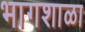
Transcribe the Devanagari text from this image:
भागशाळा